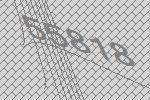
55818